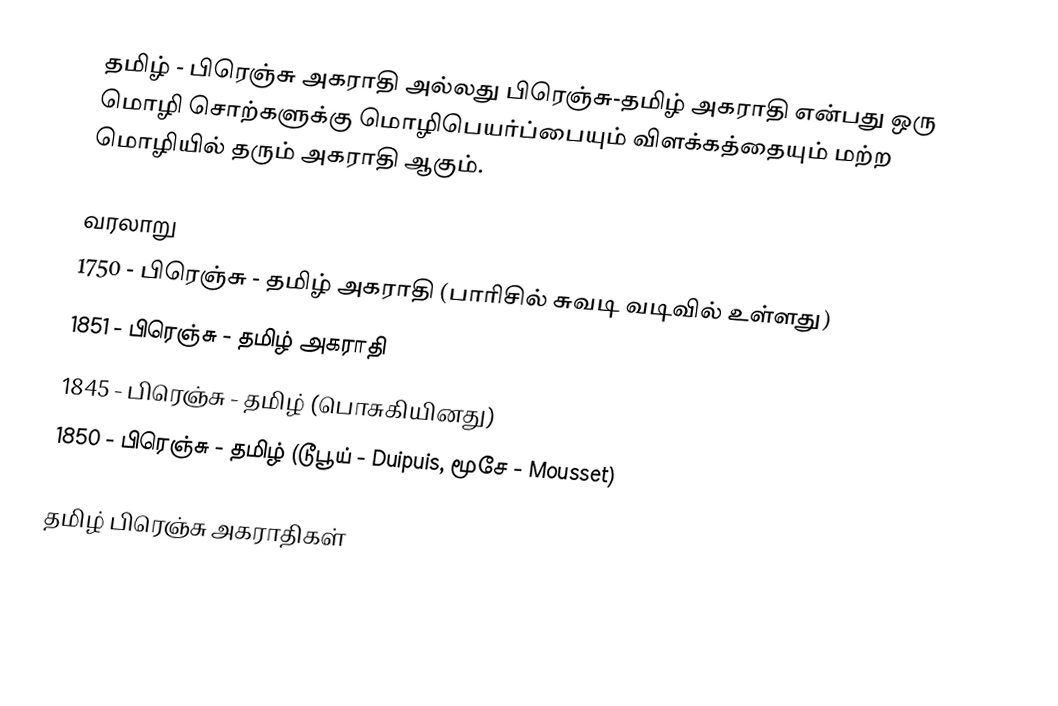
தமிழ் - பிரெஞ்சு அகராதி அல்லது பிரெஞ்சு-தமிழ் அகராதி என்பது ஒரு மொழி சொற்களுக்கு மொழிபெயர்ப்பையும் விளக்கத்தையும் மற்ற மொழியில் தரும் அகராதி ஆகும்.

வரலாறு
 1750 - பிரெஞ்சு - தமிழ் அகராதி (பாரிசில் சுவடி வடிவில் உள்ளது)
 1851 - பிரெஞ்சு - தமிழ் அகராதி
 1845 - பிரெஞ்சு - தமிழ் (பொசுகியினது)
 1850 - பிரெஞ்சு - தமிழ் (டூபூய் -  Duipuis, மூசே - Mousset)

தமிழ் பிரெஞ்சு அகராதிகள்